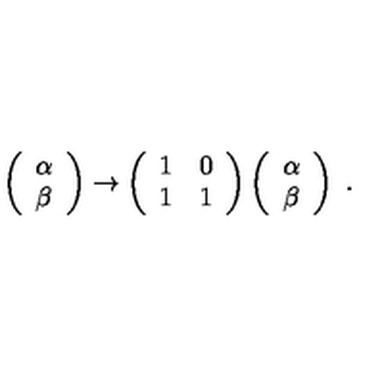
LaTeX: \left( \begin{array} { c } { \alpha } \\ { \beta } \\ \end{array} \right) \to \left( \begin{array} { r r } { 1 } & { 0 } \\ { 1 } & { 1 } \\ \end{array} \right) \left( \begin{array} { c } { \alpha } \\ { \beta } \\ \end{array} \right) \ .